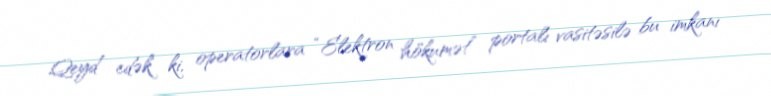
Qeyd edək ki, operatorlara “Elektron hökumət” portalı vasitəsilə bu imkanı